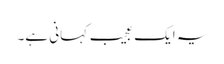
یہ ایک عجیب کہانی ہے۔